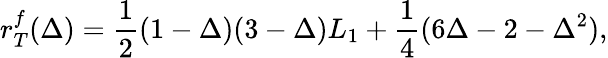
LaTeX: r_{T}^{f}(\Delta)=\frac{1}{2}(1-\Delta)(3-\Delta)L_{1}+\frac{1}{4}(6\Delta-2-\Delta^{2}),